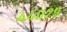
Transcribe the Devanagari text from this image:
४४०२९